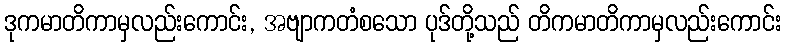
ဒုကမာတိကာမှလည်းကောင်း, အဗျာကတံစသော ပုဒ်တို့သည် တိကမာတိကာမှလည်းကောင်း